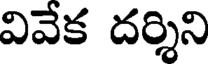
వివేక దర్శిని